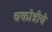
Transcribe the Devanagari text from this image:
चकोत्रीचे